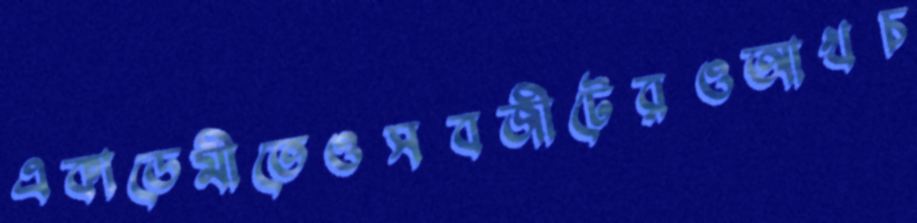
একাডেমীতেওসবজীটেরওআখচ